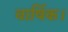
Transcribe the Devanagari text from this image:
वार्षिक।